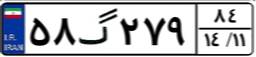
۵۸گ۲۷۹۸۴